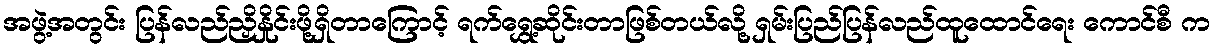
အဖွဲ့အတွင်း ပြန်လည်ညှိနှိုင်းဖို့ရှိတာကြောင့် ရက်ရွှေ့ဆိုင်းတာဖြစ်တယ်လို့ ရှမ်းပြည်ပြန်လည်ထူထောင်ရေး ကောင်စီ က